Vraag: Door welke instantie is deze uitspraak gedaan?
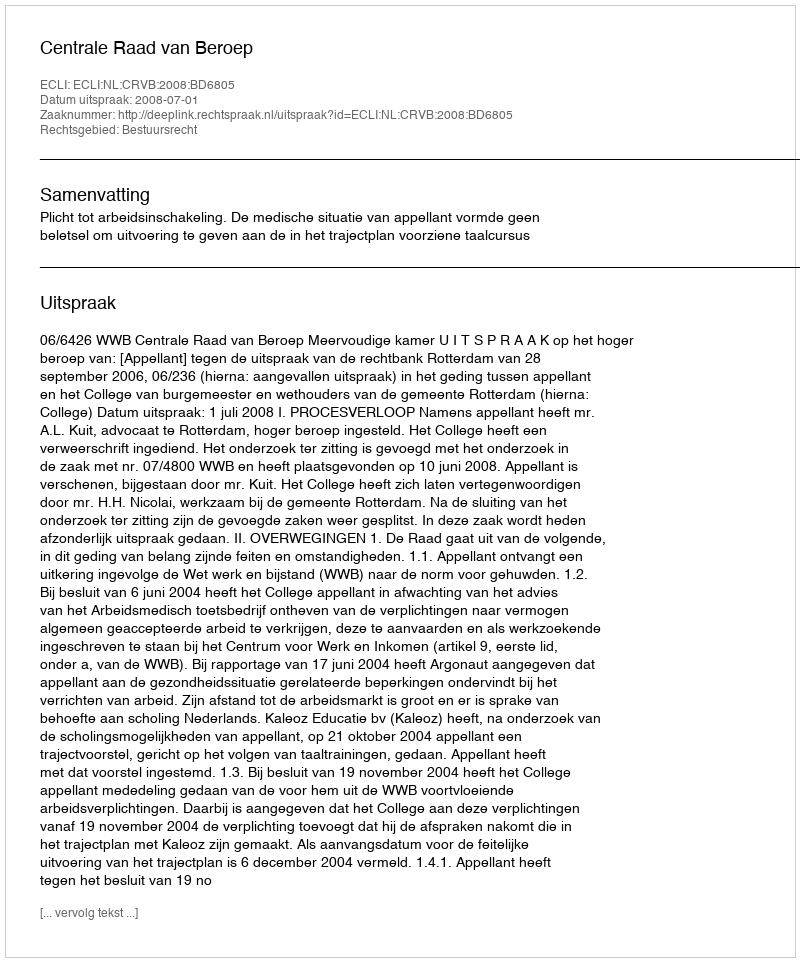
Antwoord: Centrale Raad van Beroep